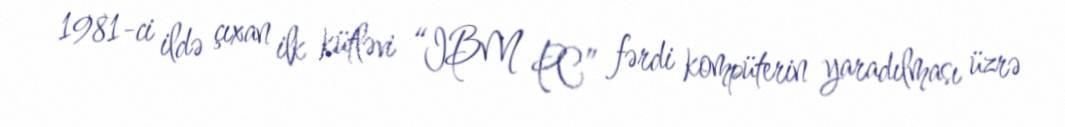
1981-ci ildə çıxan ilk kütləvi “IBM PC” fərdi kompüterin yaradılması üzrə